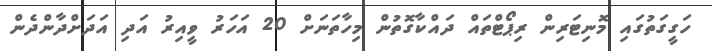
ހަގީގަތުގައި މޮނިޓަރިން ރިޕޯޓްތައް ދައްކާގޮތުން މިހާތަނަށް 20 އަހަރު ވީއިރު އަދި އަދަށްދާންދެން